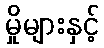
မှိုများနှင့်